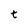
Character: t